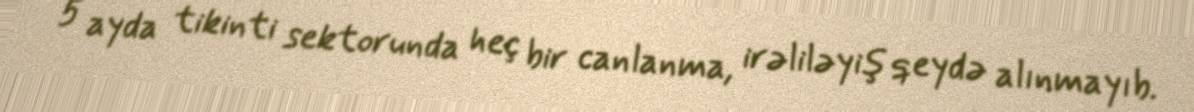
5 ayda tikinti sektorunda heç bir canlanma, irəliləyiş qeydə alınmayıb.